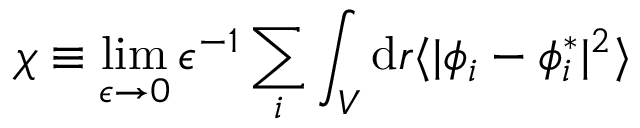
\chi \equiv \operatorname* { l i m } _ { \epsilon \rightarrow 0 } \epsilon ^ { - 1 } \sum _ { i } \int _ { V } \mathrm { d } \boldsymbol { r } \langle \vert \phi _ { i } - \phi _ { i } ^ { * } \vert ^ { 2 } \rangle